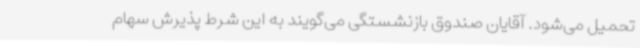
تحمیل می‌شود. آقایان صندوق بازنشستگی می‌گویند به این شرط پذیرش سهام